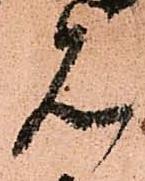
見